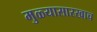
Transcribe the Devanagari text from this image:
मुळ्यासारखाच